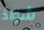
شواذ